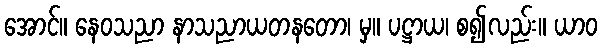
အောင်။ နေဝသညာ နာသညာယတနတော၊ မှ။ ပဋ္ဌာယ၊ စ၍လည်း။ ယာဝ